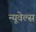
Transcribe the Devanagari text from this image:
न्यूवेल्स